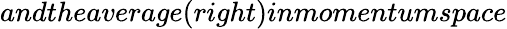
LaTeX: andtheaverage(right)inmomentumspace